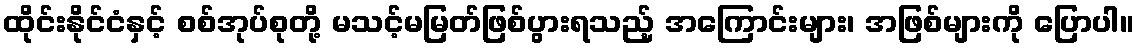
ထိုင်းနိုင်ငံနှင့် စစ်အုပ်စုတို့ မသင့်မမြတ်ဖြစ်ပွားရသည့် အကြောင်းများ၊ အဖြစ်များကို ပြောပါ။